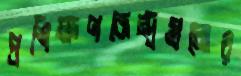
প্রশিক্ষণকেন্দ্রগুলোর